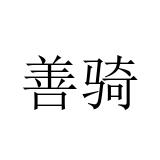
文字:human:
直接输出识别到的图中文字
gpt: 善骑